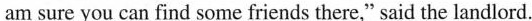
am sure you can find some friends there," said the landlord.